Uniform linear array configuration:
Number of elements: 4
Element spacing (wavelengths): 0.5
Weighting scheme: hamming
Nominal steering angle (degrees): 60
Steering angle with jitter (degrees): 59.953
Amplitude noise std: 0.05
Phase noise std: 0.05

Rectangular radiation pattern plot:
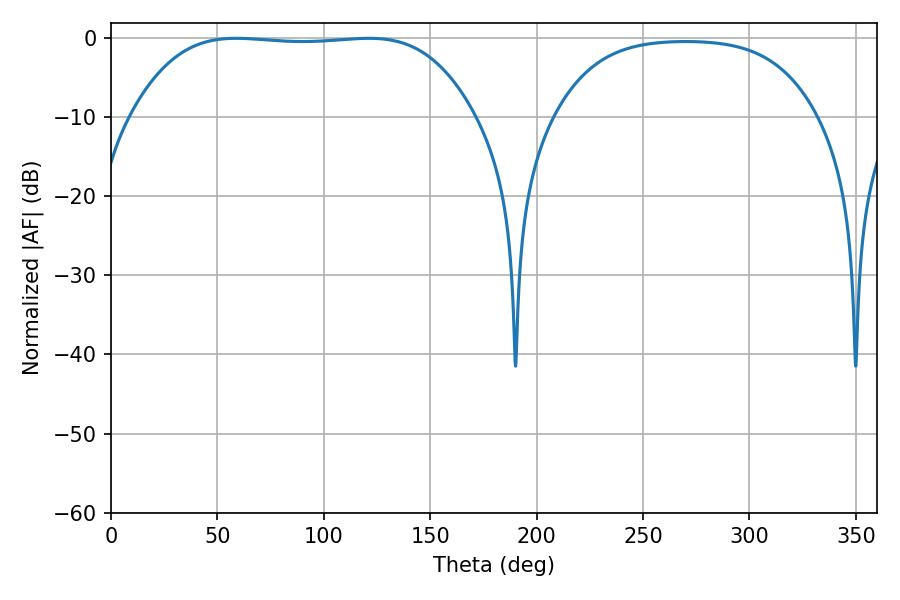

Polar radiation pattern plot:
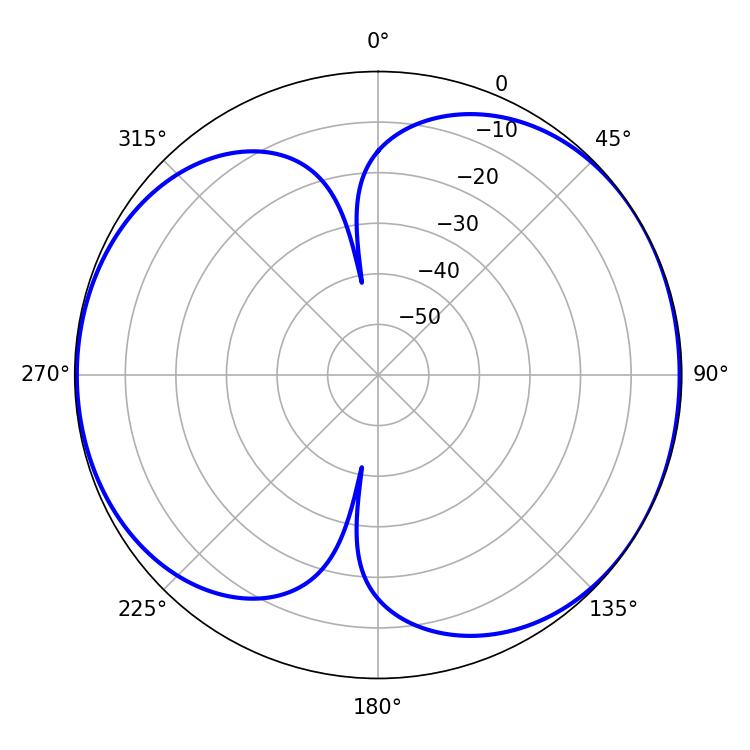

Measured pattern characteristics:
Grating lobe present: FALSE
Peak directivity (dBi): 5.998
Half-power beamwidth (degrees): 124.92
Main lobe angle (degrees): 58.86